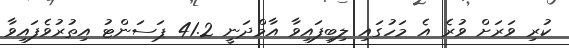
ކުރި ވަރަށް ވުރެ އެ މަހުގައި ލިބިފައިވާ އާމްދަނީ 41.2 ޕަސަންޓު އިތުރުުވެފައިވާ